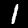
Label: 1